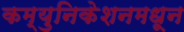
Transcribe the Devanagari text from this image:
कम्युनिकेशनमधून